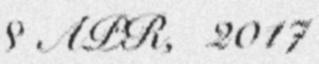
8 APR, 2017